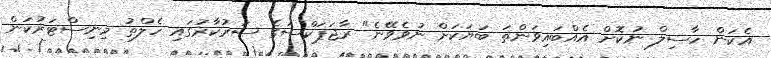
އެކަން ހާސިލް ނުކޮށް އެއްބައިވަންތަ ބަޔަކަށް ނުވެވޭނެ" ރާޖަޕަކްސަގެ ސަރުކާރުގައި ހެލްތު މިނިސްޓަރުކަން